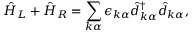
\hat { H } _ { L } + \hat { H } _ { R } = \sum _ { k \alpha } \epsilon _ { k \alpha } \hat { d } _ { k \alpha } ^ { \dagger } \hat { d } _ { k \alpha } ,